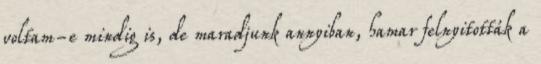
voltam-e mindig is, de maradjunk annyiban, hamar felnyitották a